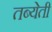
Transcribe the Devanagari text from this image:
तब्येती